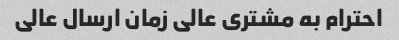
احترام به مشتری عالی زمان ارسال عالی